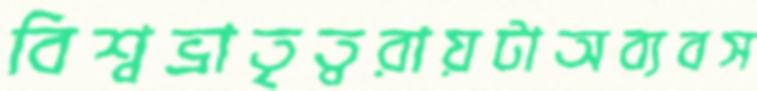
বিশ্বভ্রাতৃত্বরায়টাঅব্যবস